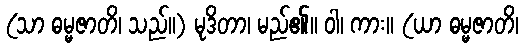
(သာ ဓမ္မဇာတိ၊ သည်။) မုဒိတာ၊ မည်၏။ ဝါ၊ ကား။ (ယာ ဓမ္မဇာတိ၊